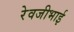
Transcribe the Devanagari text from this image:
रेवजीभाई